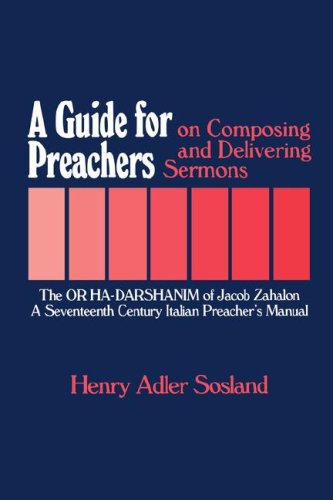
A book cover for A Guide for Preachers on Composing and Delivering Sermons: The Or ha-Darshanim of Jacob Zahalon, A Seventeenth Century Italian Preacher's Manual (Moreshet Series; 11); Henry Adler Sosland; Religion & Spirituality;